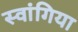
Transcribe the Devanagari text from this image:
स्वांगिया